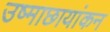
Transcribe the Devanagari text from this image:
उष्माछायांकन